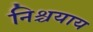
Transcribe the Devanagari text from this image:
निश्चयाय